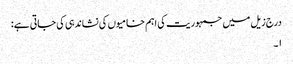
درج زیل میں جمہوریت کی اہم خامیوں کی نشاندہی کی جاتی ہے:
۱۔